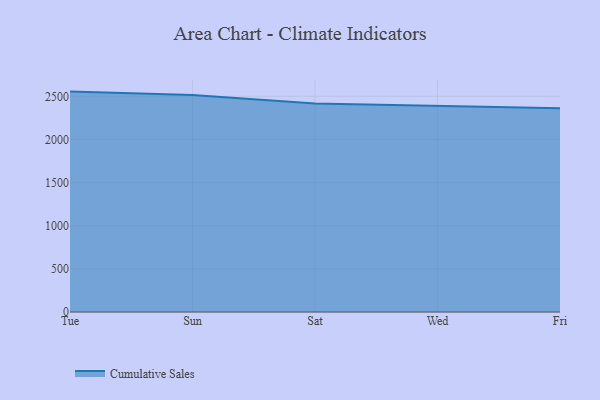
{"axis": {"x": "Day", "y": "Net Income (USD K)"}, "legend": ["Cumulative Sales"], "data": [{"x": "Tue", "y": 2554.5, "type": "Cumulative Sales"}, {"x": "Sun", "y": 2514.2, "type": "Cumulative Sales"}, {"x": "Sat", "y": 2417.8, "type": "Cumulative Sales"}, {"x": "Wed", "y": 2393.3, "type": "Cumulative Sales"}, {"x": "Fri", "y": 2360.9, "type": "Cumulative Sales"}]}